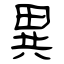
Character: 異